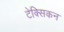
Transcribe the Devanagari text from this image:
टेक्सिकन